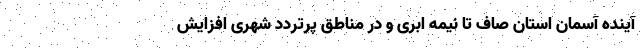
آینده آسمان استان صاف تا نیمه ابری و در مناطق پرتردد شهری افزایش